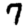
Digit: 7